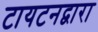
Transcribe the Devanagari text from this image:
टायटनद्वारा